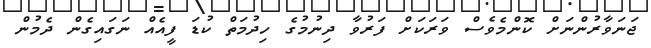
ޖަނަވާރުންނަށް ކޮންމެވެސް ވަރަކަށް ފަރުވާ ދިނުމުގެ ހިދުމަތް ކުޑަ ފީއެއް ނަގައިގެން ދެމުން